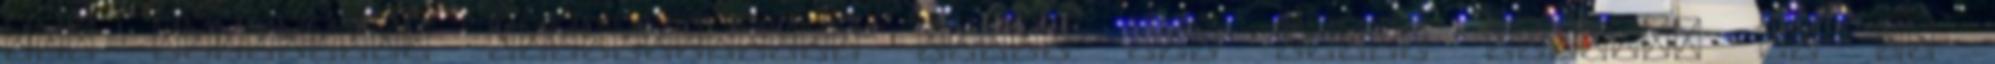
meg borongós, sznobizmusom pedig nem ismer határt, de te